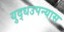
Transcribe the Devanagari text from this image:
युद्धउपन्यास